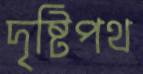
দৃষ্টিপথ